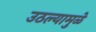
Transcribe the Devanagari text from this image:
उठल्यामुळे